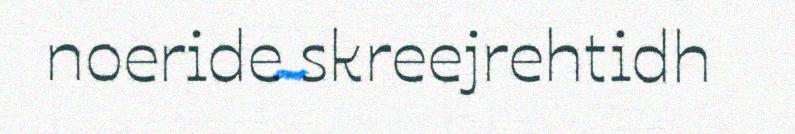
noeride skreejrehtidh